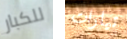
للكبار تيارات